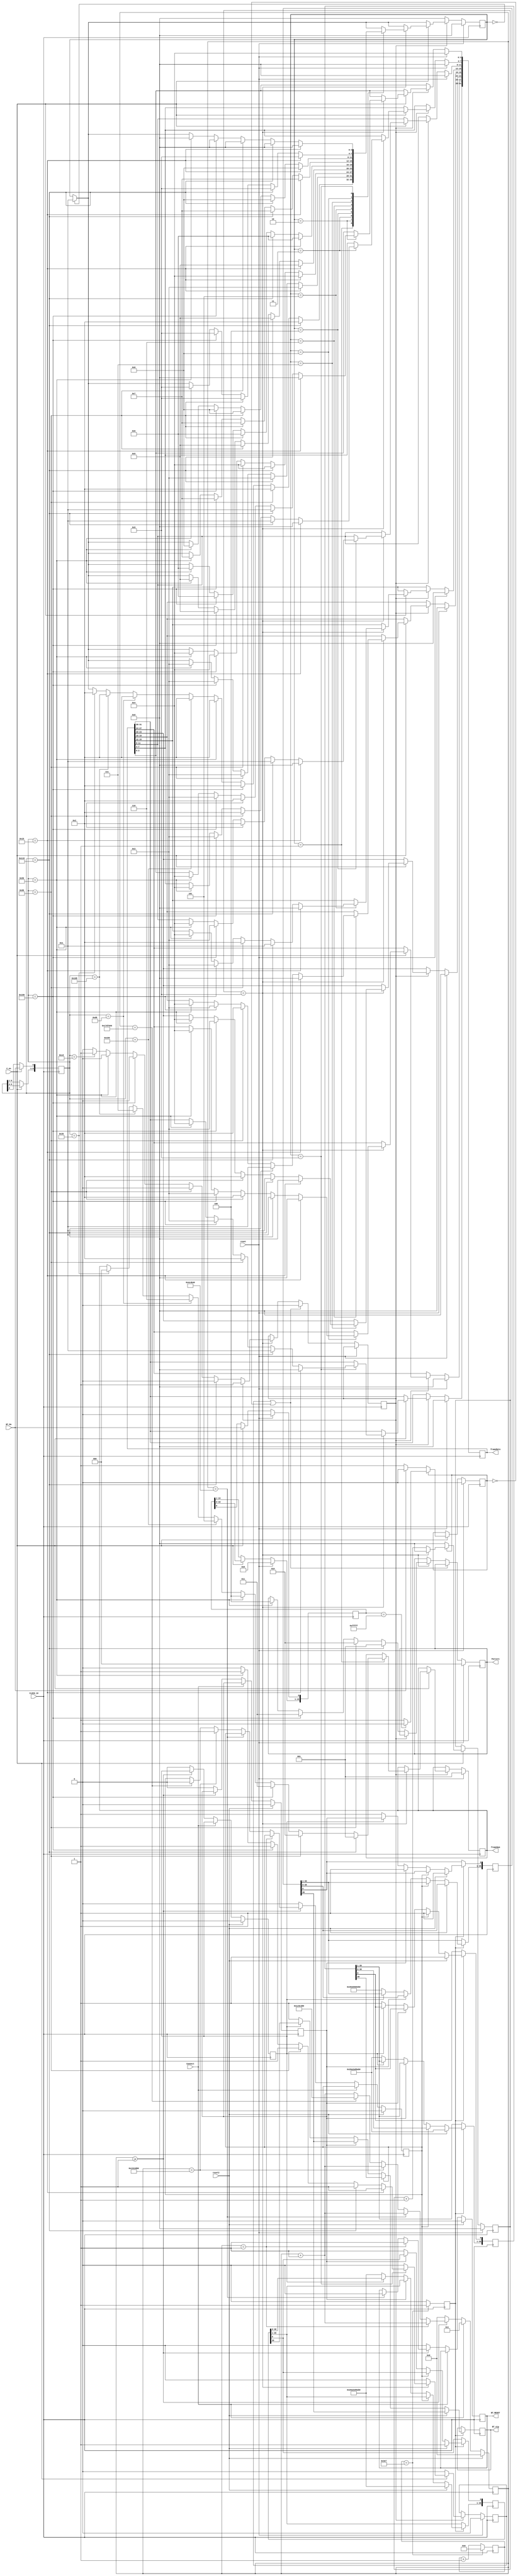
module BT_Con (input CLOCK_10, reset, reset2,
					input BT_Rx, C_en,
					input Connect,					
					output reg BT_sig, BT_RESET,				
					output reg [2:0] Pattern, frameNum,
					output reg [31:0] frameRate
					);

					
					
reg En;
reg [9:0] En_cnt;

always @(posedge CLOCK_10)
begin
	if(En_cnt == 10'd999)
	begin
		En<=1'b1;
		En_cnt<=10'd0;
	end
	
	else
	begin
		En<=1'b0;
		En_cnt<=En_cnt+10'd1;
	end
end


reg [29:0] delay_cnt;
reg ATD_START, PLUS, ATZ_START;

always @(posedge CLOCK_10)
begin
	if(reset2)
	begin
		ATD_START<=1'b0;
		delay_cnt<=30'd0;
		BT_RESET<=1'b0;
		PLUS<=1'b0;
		ATZ_START<=1'b0;
	end
	
	else if(Connect)
	begin
		delay_cnt<=30'd1;
	end
	
	else
	begin
		if(delay_cnt>=30'd1)
		begin
			if(delay_cnt==30'd1)
			begin
			BT_RESET<=1'b1;
			delay_cnt<=delay_cnt+30'd1;
			end
			
			else if(delay_cnt==30'd500_0000)
			begin
			BT_RESET<=1'b0;
			delay_cnt<=delay_cnt+30'd1;
			end			
			

		
		
			else if(delay_cnt==30'd2000_0000)
			begin
			ATD_START<=1'b1;
			delay_cnt<=delay_cnt+30'd1;
			end
			
			else if(delay_cnt==30'd2500_0000)
			begin
			ATD_START<=1'b0;
			delay_cnt<=30'd3000_0000;
			end		
			
			else
			delay_cnt<=delay_cnt+30'd1;
		end
		
		else
		begin
		ATD_START<=1'b0;
		delay_cnt<=30'd0;
		BT_RESET<=1'b0;
		PLUS<=1'b0;
		ATZ_START<=1'b0;
		end		
	end
end
	



//reg [29:0] AT = {30'b0_1000_0010_10_0010_1010_10_1011_0000_1};
reg [39:0] plus = {40'b0_1101_0100_10_1101_0100_10_1101_0100_10_1011_0000_1};
reg [39:0] ATZ = {40'b0_1000_0010_10_0010_1010_10_01011010_10_1011_0000_1};
//reg [99:0] BTSCAN = {100'b0_1000_0010_10_0010_1010_10_1101_0100_10_0100_0010_10_0010_1010_10_1100_1010_10_1100_0010_10_1000_0010_10_0111_0010_10_1011_0000_1};
reg [39:0] ATD = {40'b0_10000010_10_00101010_10_00100010_10_10110000_1};   //_10011100_10_00001100_10_00001100_10_00001100_10_00100010_10_01000010_10_01000010_10_11000010_10_10001100_10_11000010_10_11101100_10_01001100_10_10110000_1}; //9000DBBC1C72

always @(posedge CLOCK_10)
begin
	if(En)
	begin
		if(reset2)
		begin
			BT_sig<=plus[39];
			plus[39:1]<=plus[38:0];
			plus[0]<=1'b1;
			//BTSCAN <={100'b0_1000_0010_10_0010_1010_10_1101_0100_10_0100_0010_10_0010_1010_10_1100_1010_10_1100_0010_10_1000_0010_10_0111_0010_10_1011_0000_1};
			//AT <= {30'b0_1000_0110_10_0010_1110_10_1011_0000};
			ATD <= {40'b0_10000010_10_00101010_10_00100010_10_10110000_1}; 
			//plus <= {40'b0_1101_0100_10_1101_0100_10_1101_0100_10_1011_0000_1};
			ATZ <= {40'b0_1000_0010_10_0010_1010_10_01011010_10_1011_0000_1};
		end
		
		else
		begin
			if(ATD_START==1'b1)
			begin
				BT_sig<=ATD[39];
				ATD[39:1]<=ATD[38:0];
				ATD[0]<=1'b1;
			end
			
			else if(PLUS == 1'b1)
			begin
				BT_sig<=plus[39];
				plus[39:1]<=plus[38:0];
				plus[0]<=1'b1;//ATZ[39];
				//ATZ[39:1]<=ATZ[38:0];
				//ATZ[0]<=1'b1;				
			end
			
			else if(ATZ_START)
			begin
				BT_sig<=ATZ[39];
				ATZ[39:1]<=ATZ[38:0];
				ATZ[0]<=1'b1;
			end
			/*
			else if(Open==1'b0)
			begin
				//BTSCAN <={100'b0_1000_0010_10_0010_1010_10_1101_0100_10_0100_0010_10_0010_1010_10_1100_1010_10_1100_0010_10_1000_0010_10_0111_0010_10_1011_0000_1};
				//AT <= {30'b0_1000_0110_10_0010_1110_10_1011_0000};
				ATD <= {40'b0_10000010_10_00101010_10_00100010_10_10110000_1}; 
				plus <= {40'b0_1101_0100_10_1101_0100_10_1101_0100_10_1011_0000_1};
				ATZ <= {40'b0_1000_0010_10_0010_1010_10_01011010_10_1011_0000_1};
			end
			*/
			else
			begin	
				BT_sig<=1'b1;
				ATD <= {40'b0_10000010_10_00101010_10_00100010_10_10110000_1}; 
				plus <= {40'b0_1101_0100_10_1101_0100_10_1101_0100_10_1011_0000_1};
				ATZ <= {40'b0_1000_0010_10_0010_1010_10_01011010_10_1011_0000_1};
			end
		end
	end
end

reg [9:0] BT_RX_data;
always @(posedge CLOCK_10)
begin
	if(C_en)
	begin
		BT_RX_data[9:1]<=BT_RX_data[8:0];
		BT_RX_data[0]<=BT_Rx;
	end
end

reg [19:0] Sequence;
always @(posedge CLOCK_10)
begin
	if(reset)
		Sequence<=20'd0;
	else
	begin
		if(C_en)
		begin
			Sequence[19:1]<=Sequence[18:0];
			Sequence[0]<=BT_Rx;
		end
	end
end


reg D_en;
always @(posedge CLOCK_10)
begin
	if(reset)
	begin
		D_en 	<= 1'b0;
	end
	else
	begin
		if(C_en)
		begin
			if(!D_en)
			begin
				if(!BT_Rx)
					D_en<=1'b1;			
			end
			
			else
			begin
				if(Sequence==20'b1111_1111_1111_1111_1111)
					D_en<=1'b0;
			end
		end
	end
end

reg [3:0] D_cnt;
always @(posedge CLOCK_10)
begin
	if(reset)
		D_cnt<=4'd0;
	else
	begin
		if(C_en)
		begin
			if(D_en)
			begin
				if(D_cnt==4'd9)
					D_cnt<=4'd0;
				else
					D_cnt<=D_cnt+4'd1;
			end
			else
				D_cnt<=4'd0;
		end
	end
end
				
				
	
	

reg frame_En;
always @(posedge CLOCK_10)
begin	
	if(reset)
		Pattern<=3'd0;
	else if(frame_En_stop || D_en==1'b0)
		frame_En<=1'b0;

	else
	begin
		if(D_cnt==4'd9)
		begin
			if(frame_En)
				Pattern<=Pattern;
			else
			begin
				if(BT_RX_data == 10'b01000_11001)//1
				begin
					Pattern<=3'd1;
				end
				else if(BT_RX_data == 10'b00100_11001)//2
				begin
					Pattern<=3'd2;
				end
			
				else if(BT_RX_data == 10'b01100_11001)//3
				begin
					Pattern<=3'd3;
				end
			
				else if(BT_RX_data == 10'b00010_11001)//4
				begin
					Pattern<=3'd4;
				end
			
				else if(BT_RX_data == 10'b00110_01101)//f
				begin
					frame_En<=1'b1;
				end
			end
		end
	end
end



reg frame_En_stop;
reg [3:0] frame_cnt;
always @(posedge CLOCK_10)
begin
	if(reset)
	begin
		frameRate <= 32'd4;
		frame_En_stop <=1'b0;
		frame_cnt <=4'd0;
		frameNum <=4'd1;
	end
	
	else
	begin
		if(frame_En)
		begin
			frame_En_stop<=1'b0;
			if(frame_cnt==4'd0)
				frame_cnt<=4'd1;				
			
			if(C_en)
			begin
				if(D_cnt==4'd9)
				begin
				case(frame_cnt)
				4'd1: begin
						if(BT_RX_data == 10'b01000_11001)//1
						begin
							frameNum<=4'd1;
							frame_cnt<=4'd2;
						end
						else if(BT_RX_data == 10'b00100_11001)//2
						begin
							frameNum <=4'd2;
							frame_cnt<=4'd2;
						end
						else if(BT_RX_data == 10'b01100_11001)//3
						begin
							frameNum <=4'd3;
							frame_cnt<=4'd2;
						end
						else if(BT_RX_data == 10'b00010_11001)//4
						begin
							frameNum <=4'd4;
							frame_cnt<=4'd2;
						end
						else if(BT_RX_data == 10'b01010_11001)//5
						begin
							frameNum <=4'd5;
							frame_cnt<=4'd2;
						end
						else if(BT_RX_data == 10'b00110_11001)//6
						begin
							frameNum <=4'd6;
							frame_cnt<=4'd2;
						end
						else if(BT_RX_data == 10'b01110_11001)//7
						begin
							frameNum <=4'd7;
							frame_cnt<=4'd2;
						end
						else if(BT_RX_data == 10'b00001_11001)//8
						begin
							frameNum <=4'd8;
							frame_cnt<=4'd2;
						end
					end
						
				4'd2: begin
						if(BT_RX_data == 10'b00000_11001)//0
						begin
							frameRate[3:0] <=4'd0;
							frame_cnt<=4'd3;
						end
						else if(BT_RX_data == 10'b01000_11001)//1
						begin
							frameRate[3:0] <=4'd1;
							frame_cnt<=4'd3;
						end
						else if(BT_RX_data == 10'b00100_11001)//2
						begin
							frameRate[3:0] <=4'd2;
							frame_cnt<=4'd3;
						end
						else if(BT_RX_data == 10'b01100_11001)//3
						begin
							frameRate[3:0] <=4'd3;
							frame_cnt<=4'd3;
						end
						else if(BT_RX_data == 10'b00010_11001)//4
						begin
							frameRate[3:0] <=4'd4;
							frame_cnt<=4'd3;
						end
					end
				4'd3: begin
						if(BT_RX_data == 10'b00000_11001)//0
						begin
							frameRate[7:4] <=4'd0;
							frame_cnt<=4'd4;
							end
						else if(BT_RX_data == 10'b01000_11001)//1
						begin
							frameRate[7:4] <=4'd1;
							frame_cnt<=4'd4;
						end
						else if(BT_RX_data == 10'b00100_11001)//2
						begin
							frameRate[7:4] <=4'd2;
							frame_cnt<=4'd4;
						end
						else if(BT_RX_data == 10'b01100_11001)//3
						begin
							frameRate[7:4] <=4'd3;
							frame_cnt<=4'd4;
						end
						else if(BT_RX_data == 10'b00010_11001)//4
						begin
							frameRate[7:4] <=4'd4;
							frame_cnt<=4'd4;
						end
					end
				4'd4: begin
						if(BT_RX_data == 10'b00000_11001)//0
						begin
							frameRate[11:8] <=4'd0;
							frame_cnt<=4'd5;
						end
						else if(BT_RX_data == 10'b01000_11001)//1
						begin
							frameRate[11:8] <=4'd1;
							frame_cnt<=4'd5;
						end
						else if(BT_RX_data == 10'b00100_11001)//2
						begin
							frameRate[11:8] <=4'd2;
							frame_cnt<=4'd5;
						end
						else if(BT_RX_data == 10'b01100_11001)//3
						begin
							frameRate[11:8] <=4'd3;
							frame_cnt<=4'd5;
						end
						else if(BT_RX_data == 10'b00010_11001)//4
						begin
							frameRate[11:8] <=4'd4;
							frame_cnt<=4'd5;
						end
					end
				4'd5: begin
						if(BT_RX_data == 10'b00000_11001)//0
						begin
							frameRate[15:12] <=4'd0;
							frame_cnt<=4'd6;
						end
						else if(BT_RX_data == 10'b01000_11001)//1
						begin
							frameRate[15:12] <=4'd1;
							frame_cnt<=4'd6;
						end
						else if(BT_RX_data == 10'b00100_11001)//2
						begin
							frameRate[15:12] <=4'd2;
							frame_cnt<=4'd6;
						end
						else if(BT_RX_data == 10'b01100_11001)//3
						begin
							frameRate[15:12] <=4'd3;
							frame_cnt<=4'd6;
						end
						else if(BT_RX_data == 10'b00010_11001)//4
						begin
							frameRate[15:12] <=4'd4;
							frame_cnt<=4'd6;
						end
					end
				4'd6: begin
						if(BT_RX_data == 10'b00000_11001)//0
						begin
							frameRate[19:16] <=4'd0;
							frame_cnt<=4'd7;
						end
						else if(BT_RX_data == 10'b01000_11001)//1
						begin
							frameRate[19:16] <=4'd1;
							frame_cnt<=4'd7;
						end
						else if(BT_RX_data == 10'b00100_11001)//2
						begin
							frameRate[19:16] <=4'd2;
							frame_cnt<=4'd7;
						end
						else if(BT_RX_data == 10'b01100_11001)//3
						begin
							frameRate[19:16] <=4'd3;
							frame_cnt<=4'd7;
						end
						else if(BT_RX_data == 10'b00010_11001)//4
						begin
							frameRate[19:16] <=4'd4;
							frame_cnt<=4'd7;
						end
					end
				4'd7: begin
						if(BT_RX_data == 10'b00000_11001)//0
						begin
							frameRate[23:20] <=4'd0;
							frame_cnt<=4'd8;
						end
						else if(BT_RX_data == 10'b01000_11001)//1
						begin
							frameRate[23:20] <=4'd1;
							frame_cnt<=4'd8;
						end
						else if(BT_RX_data == 10'b00100_11001)//2
						begin
							frameRate[23:20] <=4'd2;
							frame_cnt<=4'd8;
						end
						else if(BT_RX_data == 10'b01100_11001)//3
						begin
							frameRate[23:20] <=4'd3;
							frame_cnt<=4'd8;
						end
						else if(BT_RX_data == 10'b00010_11001)//4
						begin
							frameRate[23:20] <=4'd4;
							frame_cnt<=4'd8;
						end
					end
				4'd8:  begin
						if(BT_RX_data == 10'b00000_11001)//0
						begin
							frameRate[27:24] <=4'd0;
							frame_cnt<=4'd9;
						end
						else if(BT_RX_data == 10'b01000_11001)//1
						begin
							frameRate[27:24] <=4'd1;
							frame_cnt<=4'd9;
						end
						else if(BT_RX_data == 10'b00100_11001)//2
						begin
							frameRate[27:24] <=4'd2;
							frame_cnt<=4'd9;
						end
						else if(BT_RX_data == 10'b01100_11001)//3
						begin
							frameRate[27:24] <=4'd3;
							frame_cnt<=4'd9;
						end
						else if(BT_RX_data == 10'b00010_11001)//4
						begin
							frameRate[27:24] <=4'd4;
							frame_cnt<=4'd9;
						end
					end
					
				4'd9:  begin
						if(BT_RX_data == 10'b00000_11001)//0
						begin
							frameRate[31:28] <=4'd0;
							frame_cnt<=4'd0;
							frame_En_stop<=1'b1;
						end
						else if(BT_RX_data == 10'b01000_11001)//1
						begin
							frameRate[31:28] <=4'd1;
							frame_cnt<=4'd0;
							frame_En_stop<=1'b1;
						end
						else if(BT_RX_data == 10'b00100_11001)//2
						begin
							frameRate[31:28] <=4'd2;
							frame_cnt<=4'd0;
							frame_En_stop<=1'b1;
						end
						else if(BT_RX_data == 10'b01100_11001)//3
						begin
							frameRate[31:28] <=4'd3;
							frame_cnt<=4'd0;
							frame_En_stop<=1'b1;
						end
						else if(BT_RX_data == 10'b00010_11001)//4
						begin
							frameRate[31:28] <=4'd4;
							frame_cnt<=4'd0;
							frame_En_stop<=1'b1;
						end
					end
				endcase
				end
			end
		end
		else
			frame_cnt<=4'd0;
	end
end

endmodule